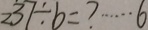
2 3 7 \div b = ? \cdots 6